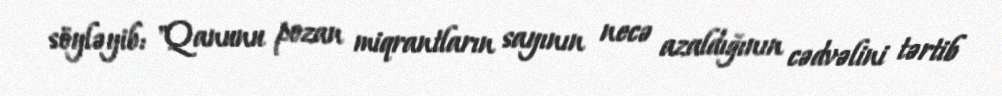
söyləyib: "Qanunu pozan miqrantların sayının necə azaldığının cədvəlini tərtib